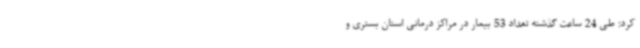
کرد: طی 24 ساعت گذشته تعداد 53 بیمار در مراکز درمانی استان بستری و